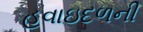
હવાઇદળની